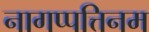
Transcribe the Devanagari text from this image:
नागप्पत्तिनम